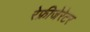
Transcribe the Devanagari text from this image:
रेफ्रीजेरेटर